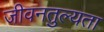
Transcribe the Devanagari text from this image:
जीवनतुल्यता